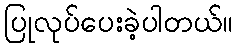
ပြုလုပ်ပေးခဲ့ပါတယ်။